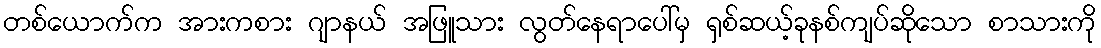
တစ်ယောက်က အားကစား ဂျာနယ် အဖြူသား လွတ်နေရာပေါ်မှ ရှစ်ဆယ့်ခုနစ်ကျပ်ဆိုသော စာသားကို